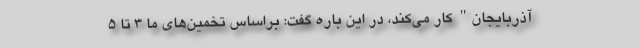
آذربایجان" کار می‌کند، در این باره گفت: براساس تخمین‌های ما 3 تا 5